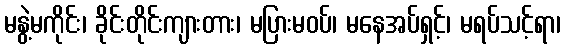
မနွဲ့မကိုင်း၊ ခိုင်းတိုင်းကျားတား၊ မပြားမဝပ်၊ မနေအပ်ရှင့်၊ မရပ်သင့်ရာ၊